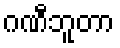
ဂဏီဘူတာ